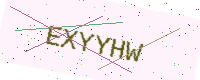
Text: EXYYHW